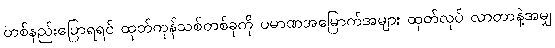
တစ်နည်းပြောရရင် ထုတ်ကုန်သစ်တစ်ခုကို ပမာဏအမြောက်အများ ထုတ်လုပ် လာတာနဲ့အမျှ